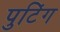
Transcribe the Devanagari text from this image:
पुटिंग